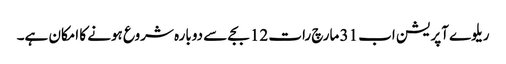
ریلوے آپریشن اب 31 مارچ رات 12 بجے سے دوبارہ شروع ہونے کا امکان ہے۔